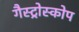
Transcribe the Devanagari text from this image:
गैस्ट्रोस्कोप